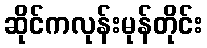
ဆိုင်ကလုန်းမုန်တိုင်း